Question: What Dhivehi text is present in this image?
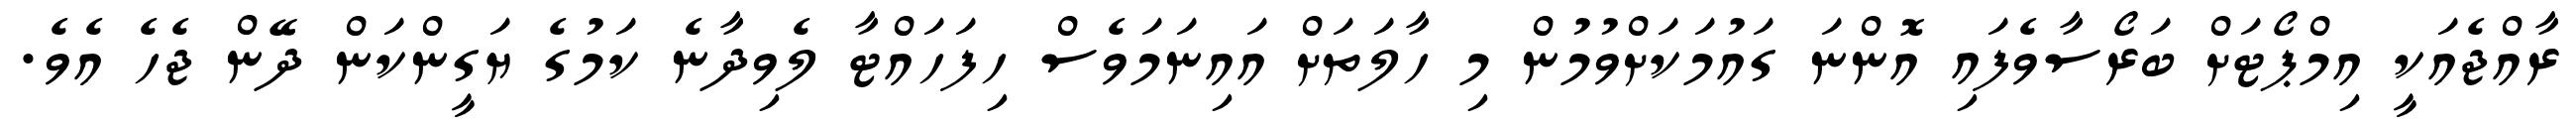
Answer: ރާއްޖެއަކީ އިމްޕޯޓަށް ބަރޯސާވެފައި އޮންނަ ގައުމަކަށްވުމުން މި ހާލަތަށް އައިނަމަވެސް ހިފަހައްޓާ ލެވިދާނެ ކަމުގެ ޔަގީންކަން ދޭން ޖެހެ އެވެ.